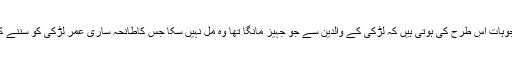
اور کچھ وجوہات اس طرح کی ہوتی ہیں کہ لڑکی کے والدین سے جو جہیز مانگا تھا وہ مل نہیں سکا جس کاطانحہ ساری عمر لڑکی کو سننے کو ملتا ہے ۔